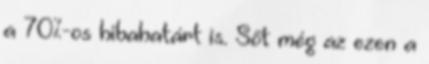
a 70%-os hibahatárt is. Sőt még az ezen a